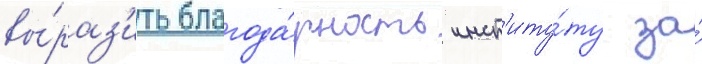
вы́раз'ить благода́рность инст'иту́ту за́